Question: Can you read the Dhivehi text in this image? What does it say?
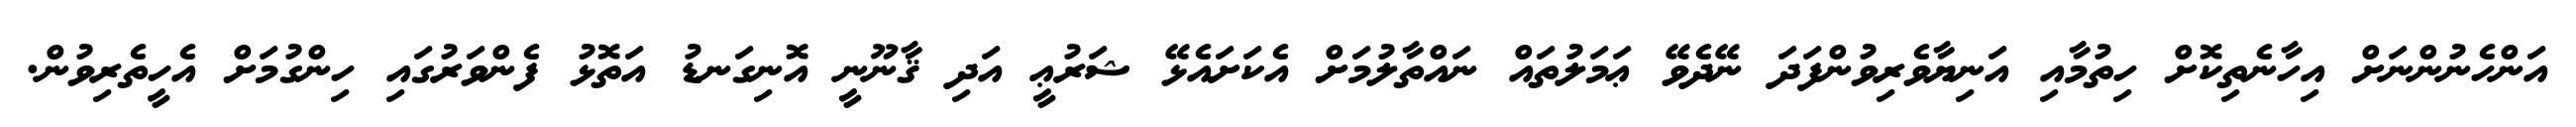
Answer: އަންހެނުންނަށް އިހާނެތިކޮށް ހިތުމާއި އަނިޔާވެރިވުންފަދަ ނޭދެވޭ ޢަމަލުތައް ނައްތާލުމަށް އެކަށައެޅޭ ޝަރުޢީ އަދި ޤާނޫނީ އޮނިގަނޑު އަތޮޅު ފެންވަރުގައި ހިންގުމަށް އެހީތެރިވުން.